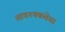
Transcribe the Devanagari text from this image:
आवश्‍यकतेचा